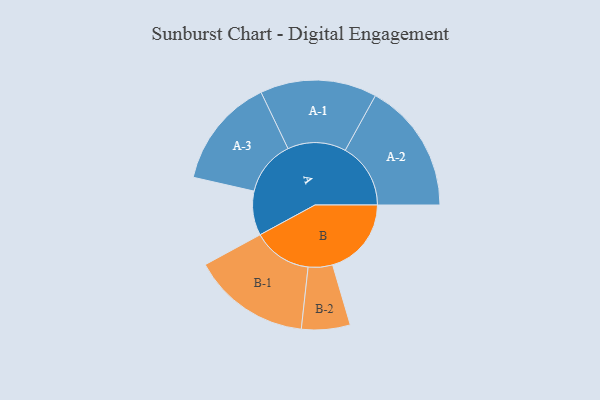
{"axis": {"x": "Segment", "y": "Value"}, "legend": ["", "A", "B"], "data": [{"x": "A", "y": 182, "type": ""}, {"x": "B", "y": 324, "type": ""}, {"x": "A-1", "y": 240, "type": "A"}, {"x": "A-2", "y": 269, "type": "A"}, {"x": "A-3", "y": 227, "type": "A"}, {"x": "B-1", "y": 243, "type": "B"}, {"x": "B-2", "y": 100, "type": "B"}]}